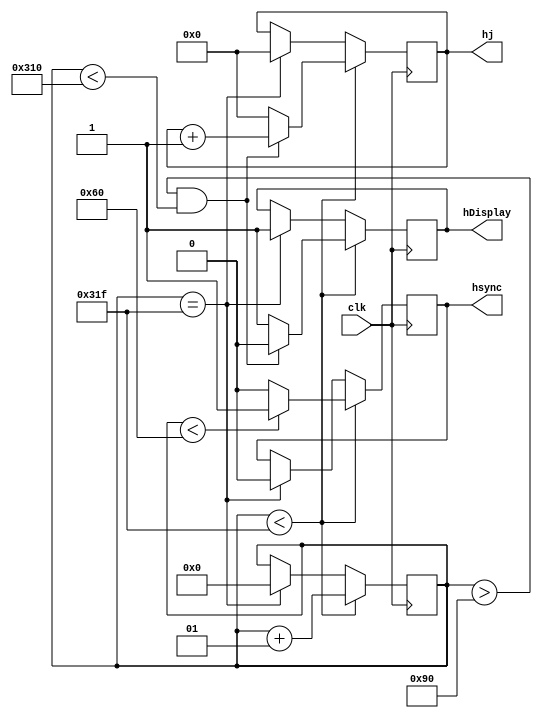
module Hsync (clk, hDisplay, hsync,hj);
input clk;
output reg hDisplay, hsync;
parameter H_SYNCPULSE=96, H_BPORCH=48, H_DISPLAY=640, H_FPORCH=16, H_SYNC=800;
integer i;
output reg [10:0] hj;
initial i=0;
initial hj=0;

always @(posedge(clk)) begin
//Determination of vsync signal
    if(i<(H_SYNC-1)) begin
        if(i<H_SYNCPULSE)begin
            hsync=1; //ver si mandar asi o si mandar 1'b1;
        end
        else begin
            hsync=0;
        end
        //////
        if((i>(H_SYNCPULSE+H_BPORCH))&&(i<(H_SYNCPULSE+H_BPORCH+H_DISPLAY)))begin
            hDisplay=0; //significa que estoy en zona display
				hj=hj+1;
        end
        else begin
            hDisplay=1;     //significa que no estoy en zona display
				hj=0;
        end
        //////
        i=i+1;
    end
    else if (i==(H_SYNC-1)) begin
    //$display ("chau");
        hsync=0;
        hDisplay=1;  
        i=0;
		  hj=0;
    end
end

endmodule